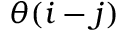
\theta ( i - j )